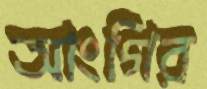
আংগির